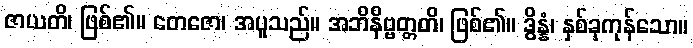
ဇာယတိ၊ ဖြစ်၏။ တေဇော၊ အပူသည်။ အဘိနိဗ္ဗတ္တတိ၊ ဖြစ်၏။ ဒွိန္နံ၊ နှစ်ခုကုန်သော။